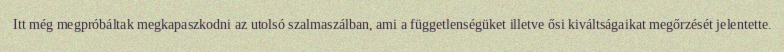
Itt még megpróbáltak megkapaszkodni az utolsó szalmaszálban, ami a függetlenségüket illetve ősi kiváltságaikat megőrzését jelentette.